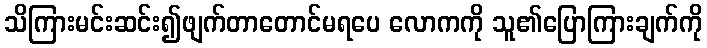
သိကြားမင်းဆင်း၍ဖျက်တာတောင်မရပေ လောကကို သူ၏ပြောကြားချက်ကို